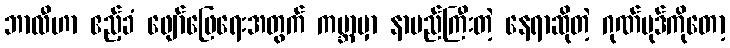
ဘာလီဟာ ဧည့်ခံ ဖျော်ဖြေရေးအတွက် ကမ္ဘာမှာ နာမည်ကြီးတဲ့ နေရာဆိုတဲ့ ဂုဏ်ပုဒ်ကိုတော့